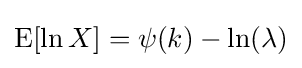
\operatorname {E} [\ln X]=\psi (k)-\ln(\lambda )